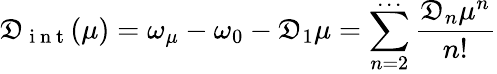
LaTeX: \mathfrak{D}_{\mathrm{{~i~n~t~}}}(\mu)=\omega_{\mu}-\omega_{0}-\mathfrak{D}_{1}\mu=\sum_{n=2}^{\cdots}\frac{{\mathfrak{D}_{n}\mu^{n}}}{{n!}}